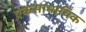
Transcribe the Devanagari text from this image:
एकसामायिक